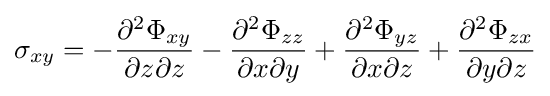
\sigma _{xy}=-{\frac {\partial ^{2}\Phi _{xy}}{\partial z\partial z}}-{\frac {\partial ^{2}\Phi _{zz}}{\partial x\partial y}}+{\frac {\partial ^{2}\Phi _{yz}}{\partial x\partial z}}+{\frac {\partial ^{2}\Phi _{zx}}{\partial y\partial z}}